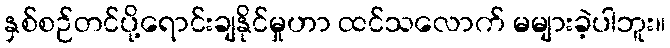
နှစ်စဉ်တင်ပို့ရောင်းချနိုင်မှုဟာ ထင်သလောက် မများခဲ့ပါဘူး။